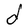
Character: d